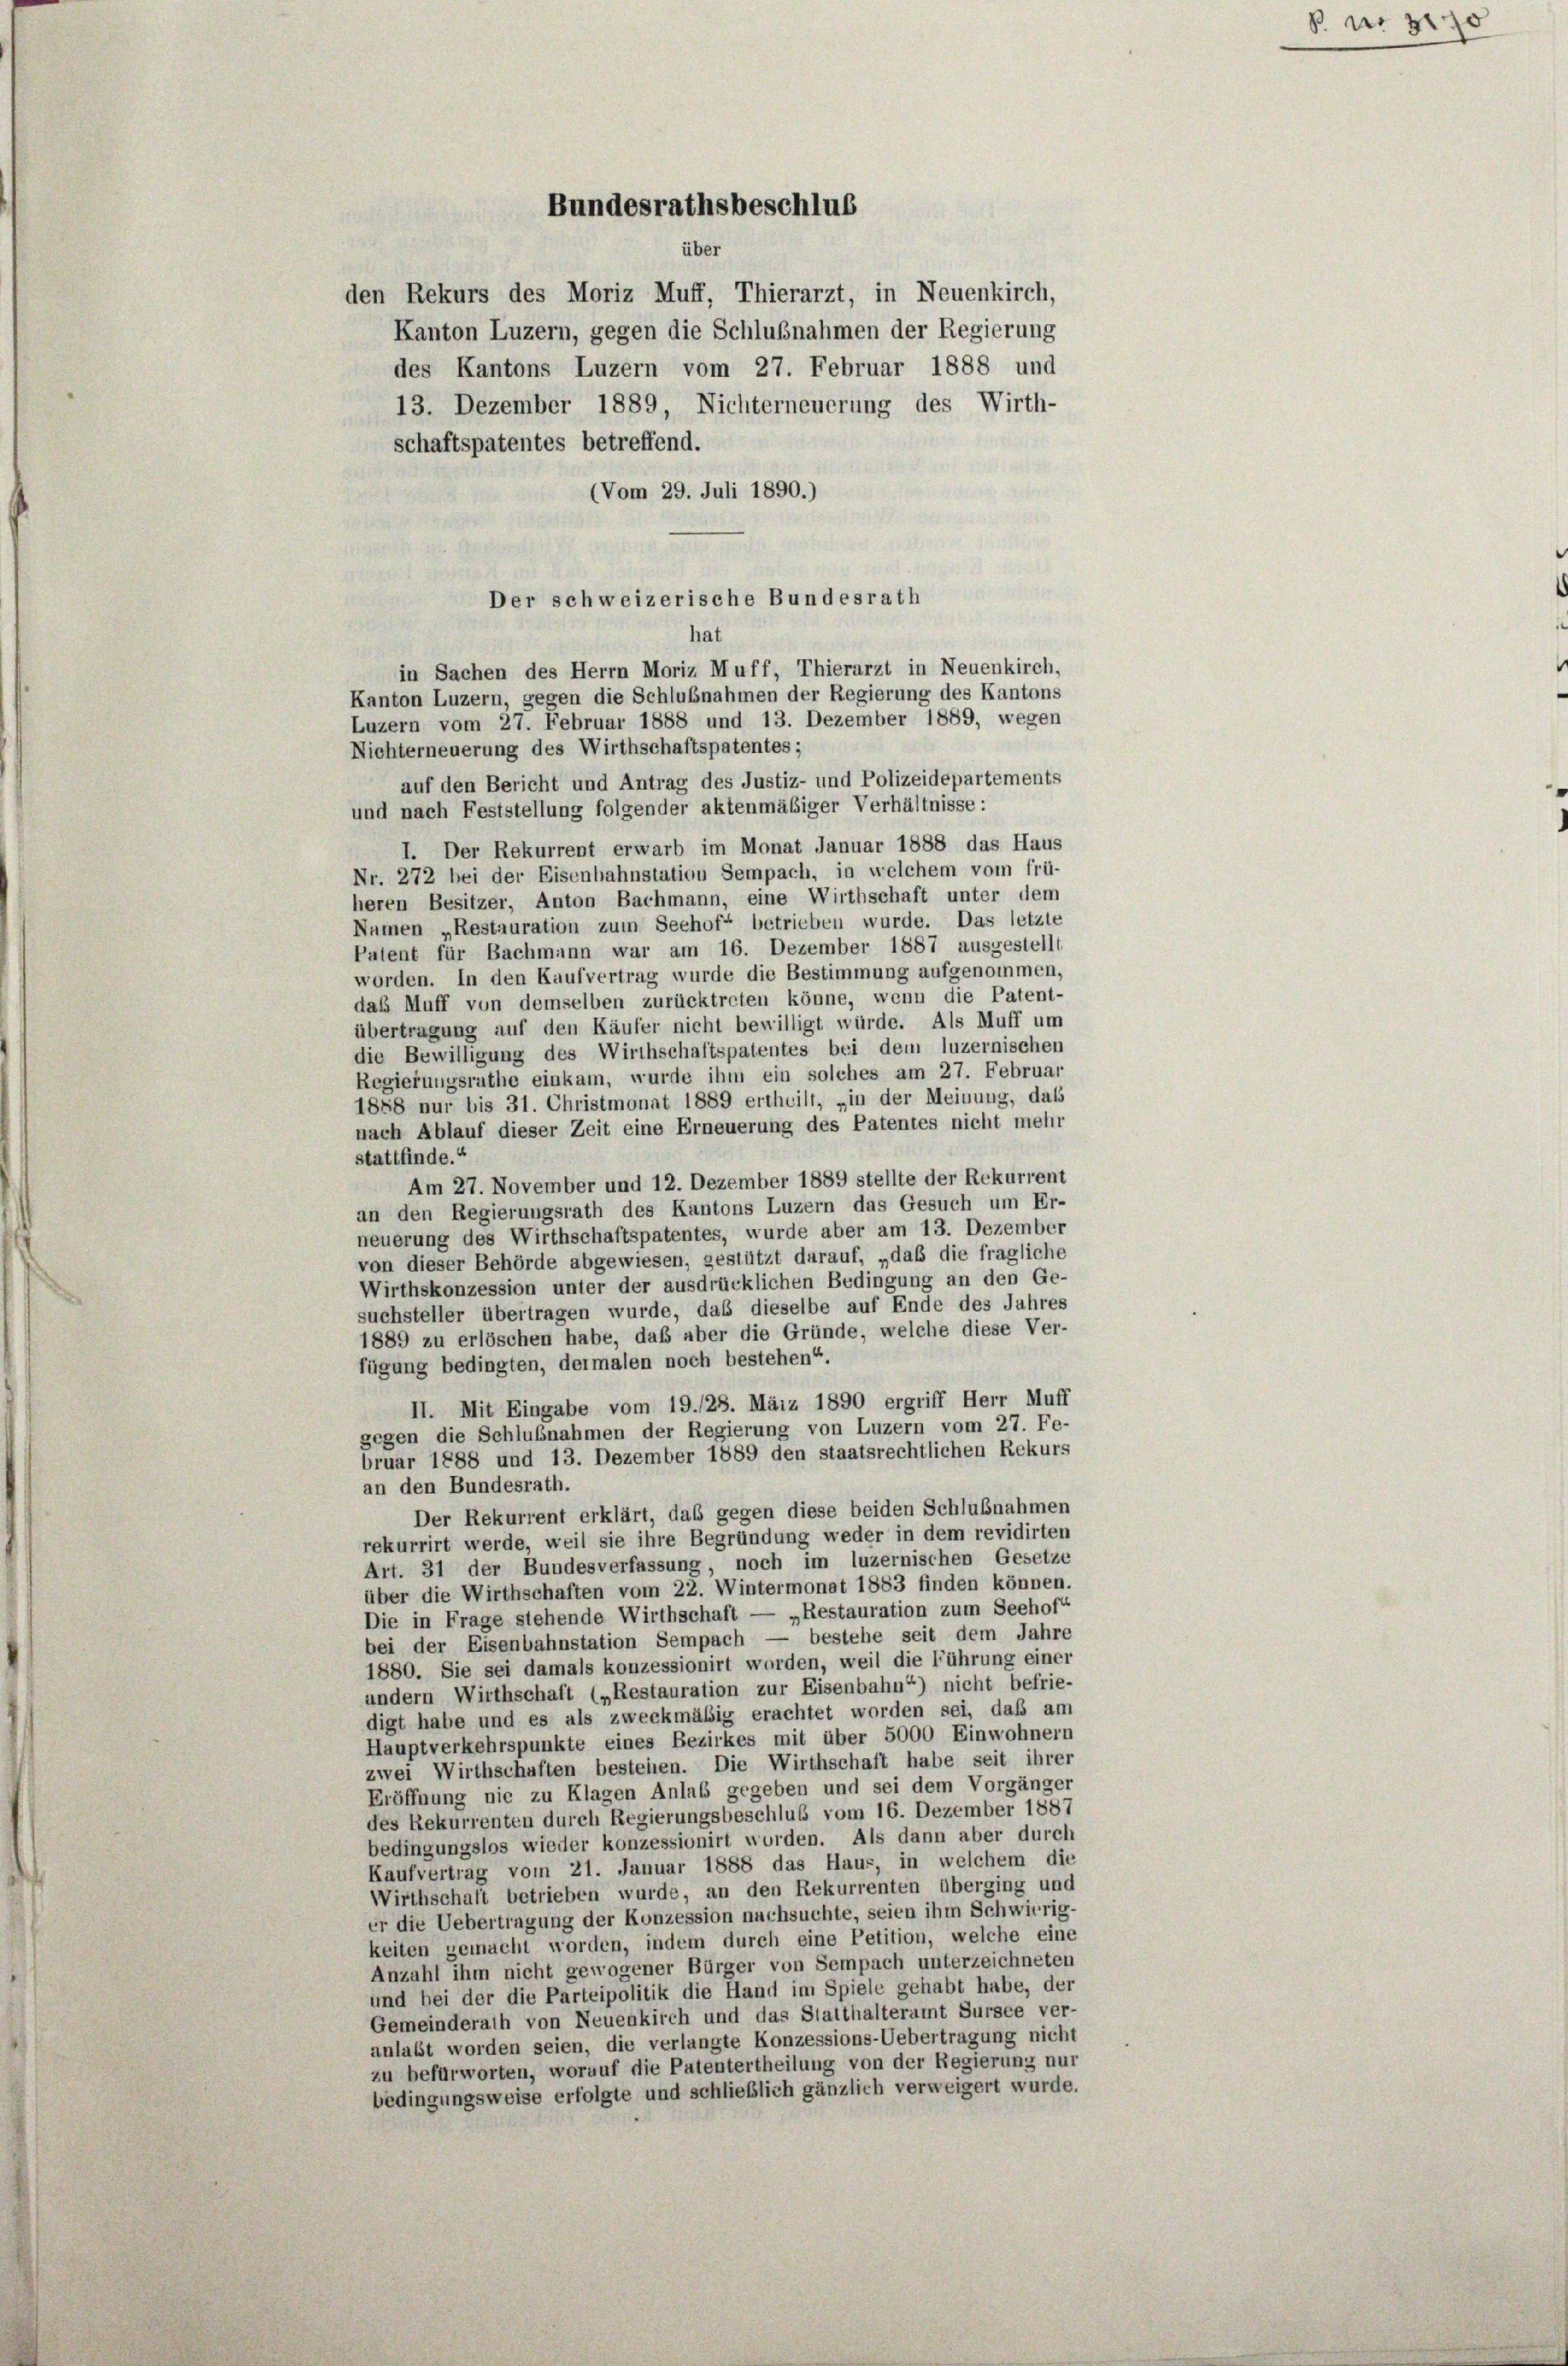
Der schweizerische Bundesrath
hat
Kanton Luzern, gegen die Schlußnahmen der Regierung des Kantons

Bundesrathsbeschlus
über

den Rekurs des Moriz Muff, Thierarzt, in Neuenkirch,
Kanton Luzern, gegen die Schlußnahmen der Regierung
des Kantons Luzern vom 27. Februar 1888 und
13. Dezember 1889, Nichterneuerung des Wirth-
schaftspatentes betreffend.
(Vom 29. Juli 1890.)
in Sachen des Herrn Moriz Muff, Thierarzt in Neuenkirch,
Luzern vom 27. Februar 1888 und 13. Dezember 1889, wegen
Nichterneuerung des Wirthschaftspatentes;
auf den Bericht und Antrag des Justiz- und Polizeidepartements
und nach Feststellung folgender aktenmäßiger Verhältnisse:
I. Der Rekurrent erwarb im Monat Januar 1888 das Haus
Nr. 272 bei der Eisenbahnstation Sempach, in welchem vom frü-
heren Besitzer, Anton Bachmann, eine Wirthschaft unter dem
Numen „Restauration zum Seehof“ betrieben wurde. Das letzte
Patent für Bachmann war am 16. Dezember 1887 ausgestellt
worden. In den Kaufvertrag wurde die Bestimmung aufgenommen,
das Muff von demselben zurücktreten könne, wenn die Patent-
übertragung auf den Käufer nicht bewilligt würde. Als Muff um
die Bewilligung des Wirthschaftspatentes bei dem luzernischen
Regierungsrathe einkam, wurde ihm ein solches am 27. Februar
1888 nur bis 31. Christmonat 1889 ertheilt, „in der Meinung, dass
nach Ablauf dieser Zeit eine Erneuerung des Patentes nicht mehr
stattfinde.“
Am 27. November und 12. Dezember 1889 stellte der Rekurrent
an den Regierungsrath des Kantons Luzern das Gesuch um Er-
neuerung des Wirthschaftspatentes, wurde aber am 13. Dezember
von dieser Behörde abgewiesen, gestützt darauf, „daß die fragliche
Wirthskonzession unter der ausdrücklichen Bedingung an den Ge-
suchsteller übertragen wurde, daß dieselbe auf Ende des Jahres
1889 zu erlöschen habe, daß aber die Gründe, welche diese Ver-
fügung bedingten, dermalen noch bestehen“.
II. Mit Eingabe vom 19./28. März 1890 ergriff Herr Muff
gegen die Schlußnahmen der Regierung von Luzern vom 27. Fe-
bruar 1888 und 13. Dezember 1889 den staatsrechtlichen Rekurs
an den Bundesrath.
Der Rekurrent erklärt, das gegen diese beiden Schlußnahmen
rekurrirt werde, weil sie ihre Begründung weder in dem revidirten
Art. 31 der Bundesverfassung, noch im luzernischen Gesetze
über die Wirthschaften vom 22. Wintermonat 1883 finden können.
Die in Frage stehende Wirthschaft — „Restauration zum Seehof“
bei der Eisenbahnstation Sempach — bestehe seit dem Jahre
1880. Sie sei damals konzessionirt worden, weil die führung einer
undern Wirthschaft („Restauration zur Eisenbahn“) nicht befrie-
digt habe und es als zweckmäßig erachtet worden sei, daß am
Hauptverkehrspunkte eines Bezirkes mit über 5000 Einwohnern
zwei Wirthschaften bestehen. Die Wirthschaft habe seit ihrer
Eröffnung nie zu Klagen Anlaß gegeben und sei dem Vorgänger
des Rekurrenten durch Regierungsbeschluß vom 16. Dezember 1887
bedingungslos wieder konzessionirt worden. Als dann aber durch
Kaufvertrag vom 21. Januar 1888 das Haus, in welchem die
Wirthschaft betrieben wurde, an den Rekurrenten überging und
er die Uebertragung der Konzession nachsuchte, seien ihm Schwierig-
keiten gemacht worden, indem durch eine Petition, welche eine
Anzahl ihm nicht gewogener Bürger von Sempach unterzeichneten
und bei der die Parteipolitik die Hand im Spiele gehabt habe, der
Gemeinderath von Neuenkirch und das Statthalteramt Sursee ver-
anlaßt worden seien, die verlangte Konzessions-Uebertragung nicht
zu befürworten, worauf die Patentertheilung von der Regierung nur
bedingungsweise erfolgte und schließlich gänzlich verweigert wurde

nr 370